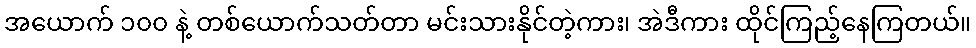
အယောက် ၁၀၀ နဲ့ တစ်ယောက်သတ်တာ မင်းသားနိုင်တဲ့ကား၊ အဲဒီကား ထိုင်ကြည့်နေကြတယ်။